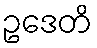
ဥဒေတိ